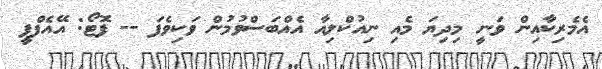
އެމެރިކާއިން ވަނީ މިދިޔަ މެއި ނިއުކްލިއާ އެއްބަސްވުމުން ވަކިވެފަ -- ފޮޓޯ: އޭއެފްޕީ